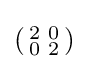
\left({\begin{smallmatrix}2&0\\0&2\\\end{smallmatrix}}\right)